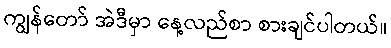
ကျွန်တော် အဲဒီမှာ နေ့လည်စာ စားချင်ပါတယ်။